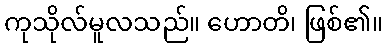
ကုသိုလ်မူလသည်။ ဟောတိ၊ ဖြစ်၏။